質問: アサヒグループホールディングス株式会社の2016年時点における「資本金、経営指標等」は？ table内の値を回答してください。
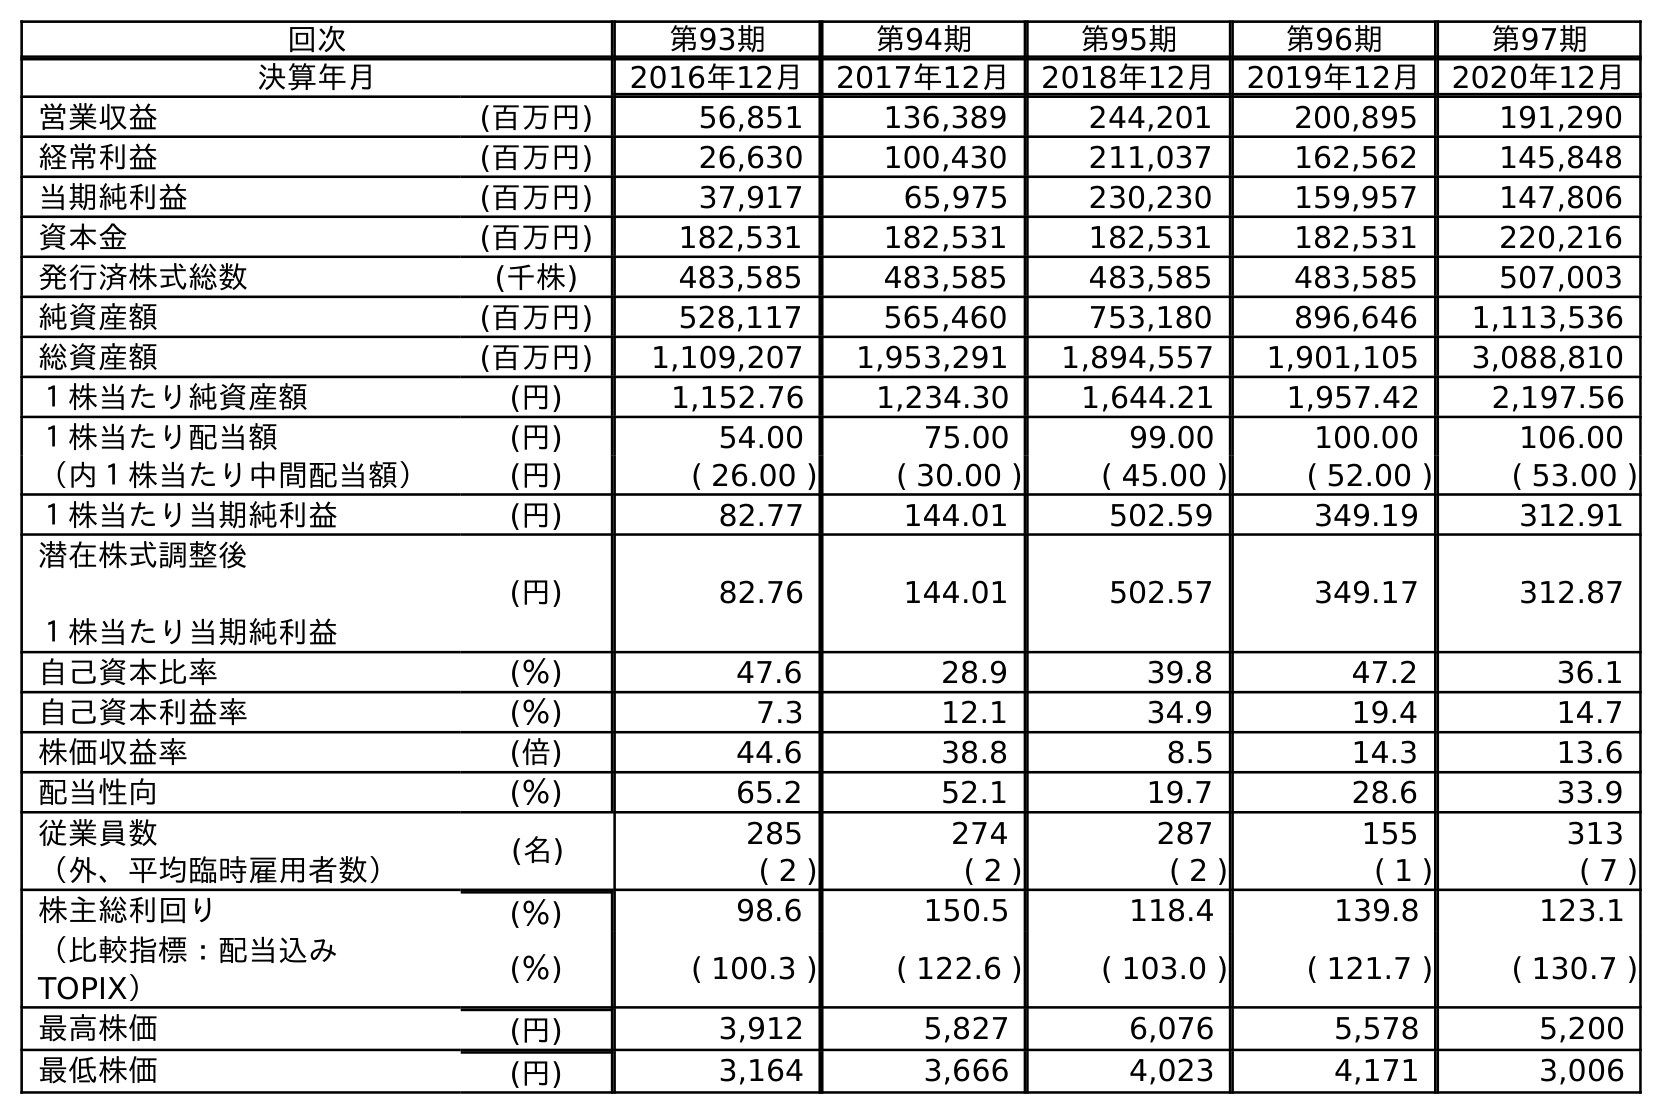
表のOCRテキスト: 回次 第93期 第94期 第95期 第96期 第97期 決算年月 2016年12月 2017年12月 2018年12月 2019年12月 2020年12月 営業収益 (百万円) 56,851 136,389 244,201 200,895 191,290 経常利益 (百万円) 26,630 100,430 211,037 162,562 145,848 当期純利益 (百万円) 37,917 65,975 230,230 159,957 147,806 資本金 (百万円) 182,531 182,531 182,531 182,531 220,216 発行済株式総数 (千株) 483,585 483,585 483,585 483,585 507,003 純資産額 (百万円) 528,117 565,460 753,180 896,646 1,113,536 総資産額 (百万円) 1,109,207 1,953,291 1,894,557 1,901,105 3,088,810 １株当たり純資産額 (円) 1,152.76 1,234.30 1,644.21 1,957.42 2,197.56 １株当たり配当額 (円) 54.00 75.00 99.00 100.00 106.00 （内１株当たり中間配当額） (円) ( 26.00 ) ( 30.00 ) ( 45.00 ) ( 52.00 ) ( 53.00 ) １株当たり当期純利益 (円) 82.77 144.01 502.59 349.19 312.91 潜在株式調整後 １株当たり当期純利益 (円) 82.76 144.01 502.57 349.17 312.87 自己資本比率 (％) 47.6 28.9 39.8 47.2 36.1 自己資本利益率 (％) 7.3 12.1 34.9 19.4 14.7 株価収益率 (倍) 44.6 38.8 8.5 14.3 13.6 配当性向 (％) 65.2 52.1 19.7 28.6 33.9 従業員数 (名) 285 274 287 155 313 （外、平均臨時雇用者数） ( 2 ) ( 2 ) ( 2 ) ( 1 ) ( 7 ) 株主総利回り (％) 98.6 150.5 118.4 139.8 123.1 （比較指標：配当込み TOPIX） (％) ( 100.3 ) ( 122.6 ) ( 103.0 ) ( 121.7 ) ( 130.7 ) 最高株価 (円) 3,912 5,827 6,076 5,578 5,200 最低株価 (円) 3,164 3,666 4,023 4,171 3,006
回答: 182,531